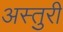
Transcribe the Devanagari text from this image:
अस्तुरी